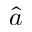
\hat { a }